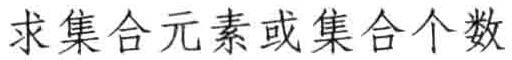
求集合元素或集合个数